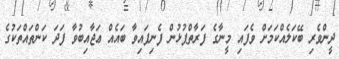
ދީންވެރި ބޭކަލެއްކަމަށް ވެފައި މީނާގެ ފަރާތްޕުޅުން ފެނިފައިވާ ބައެއް ޢަޖާއިބުވާ ފަދަ ކަންތައްތަކުގެ